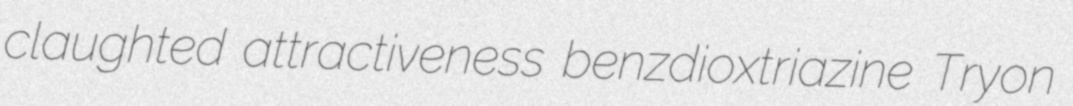
claughted attractiveness benzdioxtriazine Tryon